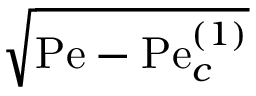
\sqrt { \mathrm { P e } - \mathrm { P e } _ { c } ^ { ( 1 ) } }